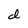
Character: d